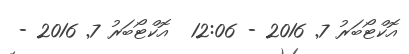
އޮކްޓޯބަރު 7